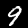
Digit: 9